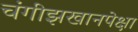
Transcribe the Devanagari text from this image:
चंगीझखानपेक्षा